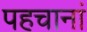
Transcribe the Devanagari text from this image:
पहचानां